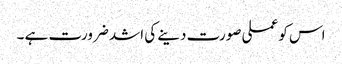
اس کو عملی صورت دینے کی اشد ضرورت ہے ۔